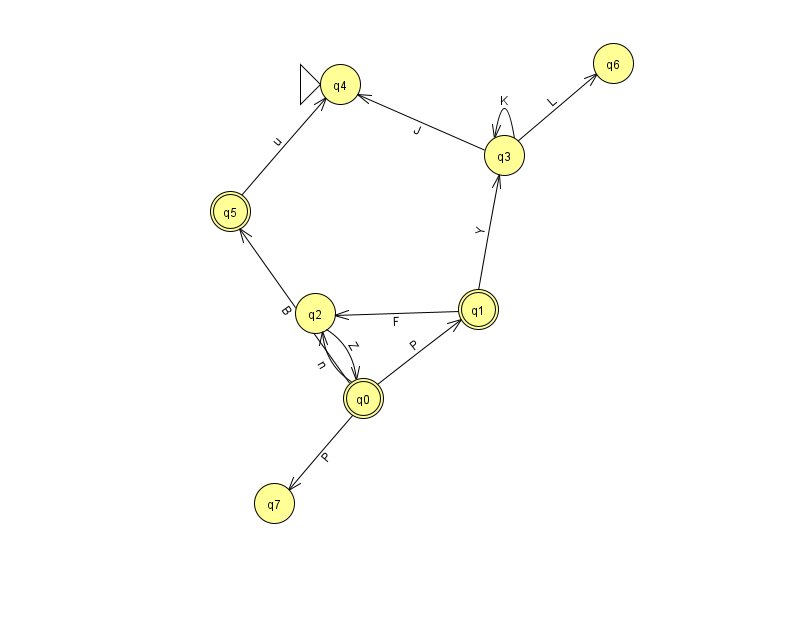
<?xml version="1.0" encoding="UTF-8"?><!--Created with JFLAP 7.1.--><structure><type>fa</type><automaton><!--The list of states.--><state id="0" name="q0"><x>363.0</x><y>385.0</y><final/></state><state id="1" name="q1"><x>478.0</x><y>296.0</y><final/></state><state id="2" name="q2"><x>315.0</x><y>300.0</y></state><state id="3" name="q3"><x>504.0</x><y>142.0</y></state><state id="4" name="q4"><x>340.0</x><y>71.0</y><initial/></state><state id="5" name="q5"><x>230.0</x><y>198.0</y><final/></state><state id="6" name="q6"><x>613.0</x><y>50.0</y></state><state id="7" name="q7"><x>274.0</x><y>490.0</y></state><!--The list of transitions.--><transition><from>1</from><to>3</to><read>Y</read></transition><transition><from>3</from><to>6</to><read>L</read></transition><transition><from>0</from><to>1</to><read>P</read></transition><transition><from>2</from><to>0</to><read>Z</read></transition><transition><from>0</from><to>7</to><read>P</read></transition><transition><from>3</from><to>3</to><read>K</read></transition><transition><from>0</from><to>2</to><read>n</read></transition><transition><from>1</from><to>2</to><read>F</read></transition><transition><from>3</from><to>4</to><read>J</read></transition><transition><from>0</from><to>5</to><read>B</read></transition><transition><from>5</from><to>4</to><read>u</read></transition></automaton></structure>